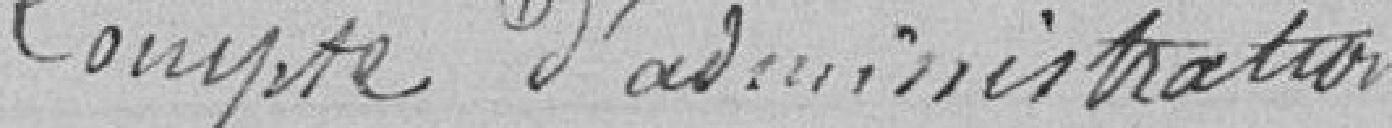
Compte d'administration